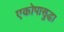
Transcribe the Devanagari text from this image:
एकोपासुद्धा